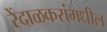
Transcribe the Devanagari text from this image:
रेंदाळकरांमधील